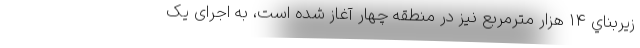
زيربناي ١٤ هزار مترمربع نيز در منطقه چهار آغاز شده است، به اجرای یک